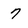
Character: 7